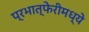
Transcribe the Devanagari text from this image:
प्रभात्फेरीमध्ये